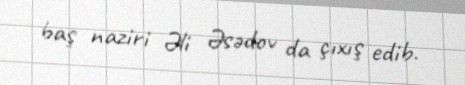
baş naziri Əli Əsədov da çıxış edib.